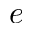
e